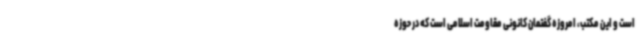
است و این مکتب، امروزه گفتمان کانونی مقاومت اسلامی است که در حوزه